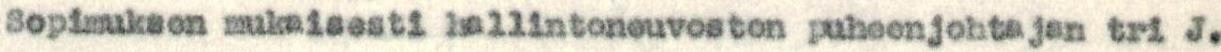
Sopimuksen mukaisesti hallintoneuvoston puheenjohtajan tri J.